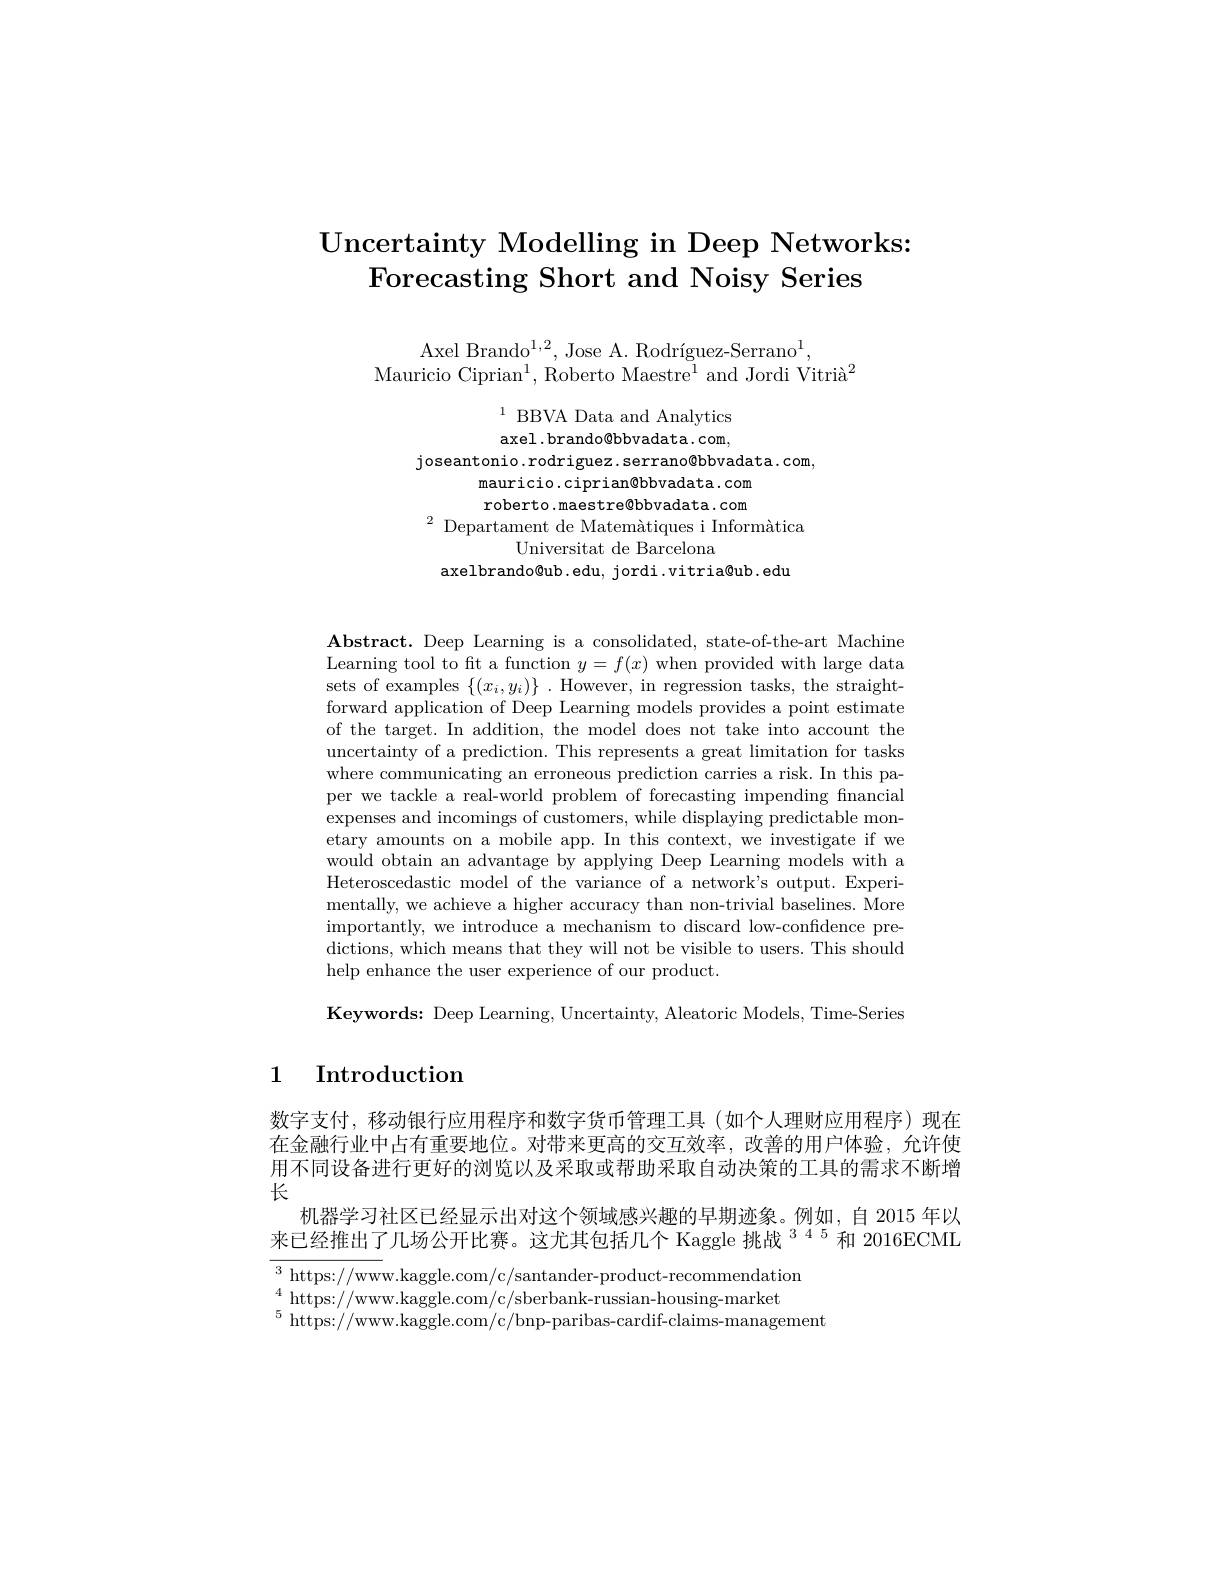
# $\textbf{Uncertainty Modelling in Deep Networks: }$ Forecasting Short and Noisy Series

Axel Brando$^1,2$, Jose A. Rodríguez-Serrano$^1$,
Mauricio Ciprian$^1$, Roberto Maestre$^1$ and Jordi Vitrià$^2$

$^{1}{\text{BBVA Data and Analytics}}$ axel.brando@bbvadata.com,
joseantonio.rodriguez.serrano@bbvadata.com,
mauricio.ciprian@bbvadata.com roberto.maestre@bbvadata.com
$^{2}{\text{ Departament de Matemàtiques i Informàtica}}$
Universitat de Barcelona
axelbrando@ub .edu, jordi .vitria@ub.edu

$\mathbf{Abstract.~Deep~Learning~is~a~consolidated,~state-of-the-art~Machine}$ Learning tool to fit a function $y=f(x)$ when provided with large data sets of examples $\{(x_i,y_i)\}$ .However, in regression tasks, the straightforward application of Deep Learning models provides a point estimate of the target. In addition, the model does not take into account the uncertainty of a prediction. This represents a great limitation for tasks where communicating an erroneous prediction carries a risk. In this paper we tackle a real-world problem of forecasting impending financial expenses and incomings of customers, while displaying predictable monetary amounts on a mobile app. In this context, we investigate if we would obtain an advantage by applying Deep Learning models with a Heteroscedastic model of the variance of a network's output. Experimentally, we achieve a higher accuracy than non-trivial baselines. More importantly, we introduce a mechanism to discard low-confidence predictions, which means that they will not be visible to users. This should help enhance the user experience of our product.

$\mathbf{Keywords:~Deep~Learning,~Uncertainty,~Aleatoric~Models,~Time-Series}$

## 1 Introduction

数字支付，移动银行应用程序和数字货币管理工具(如个人理财应用程序)现在在金融行业中占有重要地位。对带来更高的交互效率，改善的用户体验，允许使用不同设备进行更好的浏览以及采取或帮助采取自动决策的工具的需求不断增长
机器学习社区已经显示出对这个领域感兴趣的早期迹象。例如，自 2015 年以来已经推出了几场公开比赛。这尤其包括几个 Kaggle 挑战$^{345}$和 2016ECML

$^3$ https://www.kaggle.com/c/santander-product-recommendation
$^{\circ}$ https://www.kaggle.com/c/bnp-paribas-cardif-claims-management